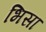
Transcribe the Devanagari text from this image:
भिसा